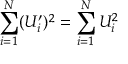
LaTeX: \sum _ { i = 1 } ^ { N } ( U _ { i } ^ { \prime } ) ^ { 2 } = \sum _ { i = 1 } ^ { N } U _ { i } ^ { 2 }